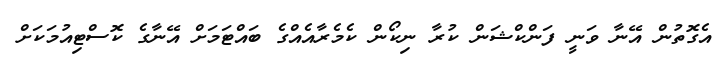
އެގޮތުން އޭނާ ވަނީ ފަންކްޝަން ކުރާ ނިކޯން ކެމެރާއެއްގެ ބައްޓަމަށް އޭނާގެ ކޮސްޓިއުމަކަށް